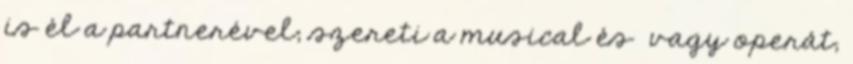
is él a partnerével; szereti a musical és vagy operát;